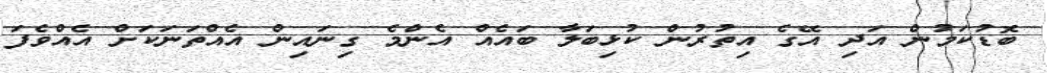
ބޮޑުކަމުން އަދި އޭގެ އިތުރުން ކުޅިބަލާ ބައެއް އެންމެ ގިނައިން އެއްތަނަކަށް އެއްވެފަ